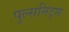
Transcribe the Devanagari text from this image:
पुल्सनिट्स